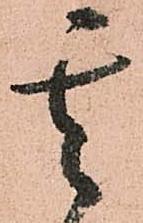
其